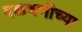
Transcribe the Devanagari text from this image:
वळचणीच्या